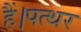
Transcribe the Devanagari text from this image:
हैं।पत्थर